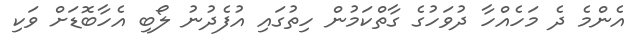
އެންމެ ދެ މަހެއްހާ ދުވަހުގެ ގާތްކަމުން ހިތުގައި އުފެދުނު ލޯބި އެހާބޮޑަށް ވަކި